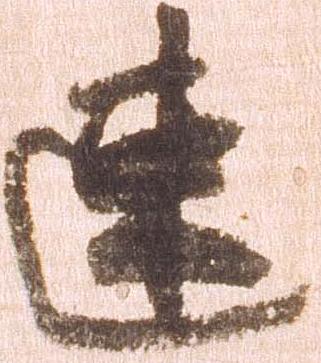
速